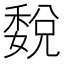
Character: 𥡉